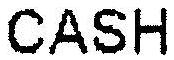
CASH